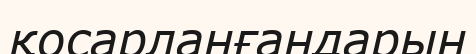
қосарланғандарын